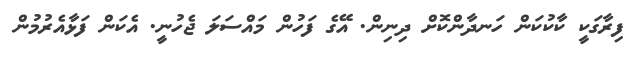
ފިރާގަކީ ކާކުކަން ހަނދާންކޮށް ދިނިން. އޭގެ ފަހުން މައްސަލަ ޖެހުނީ. އެކަން ފަޅާއެރުމުން